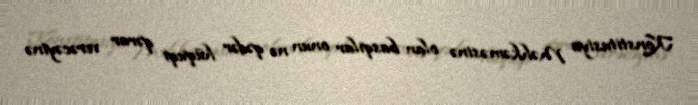
Konstitusiya Məhkəməsinə olan basqılar onun nə qədər hüquqi qərar verəcəyinə